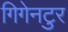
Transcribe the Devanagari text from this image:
गिगेनटुर